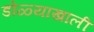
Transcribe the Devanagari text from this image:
डोळ्याखाली